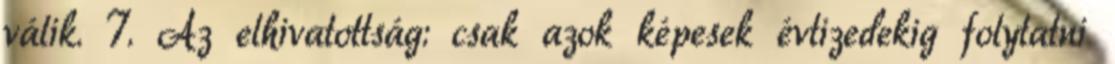
válik. 7. Az elhivatottság: csak azok képesek évtizedekig folytatni